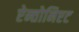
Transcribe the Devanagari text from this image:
ऐन्तोनिएट